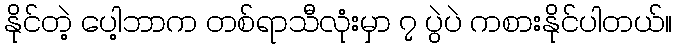
နိုင်တဲ့ ပေါ့ဘာက တစ်ရာသီလုံးမှာ ၇ ပွဲပဲ ကစားနိုင်ပါတယ်။